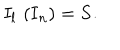
LaTeX: I _ { l } \, \left( { \bf I } _ { n } \right) = { \bf S . }